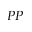
P P